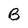
Character: B